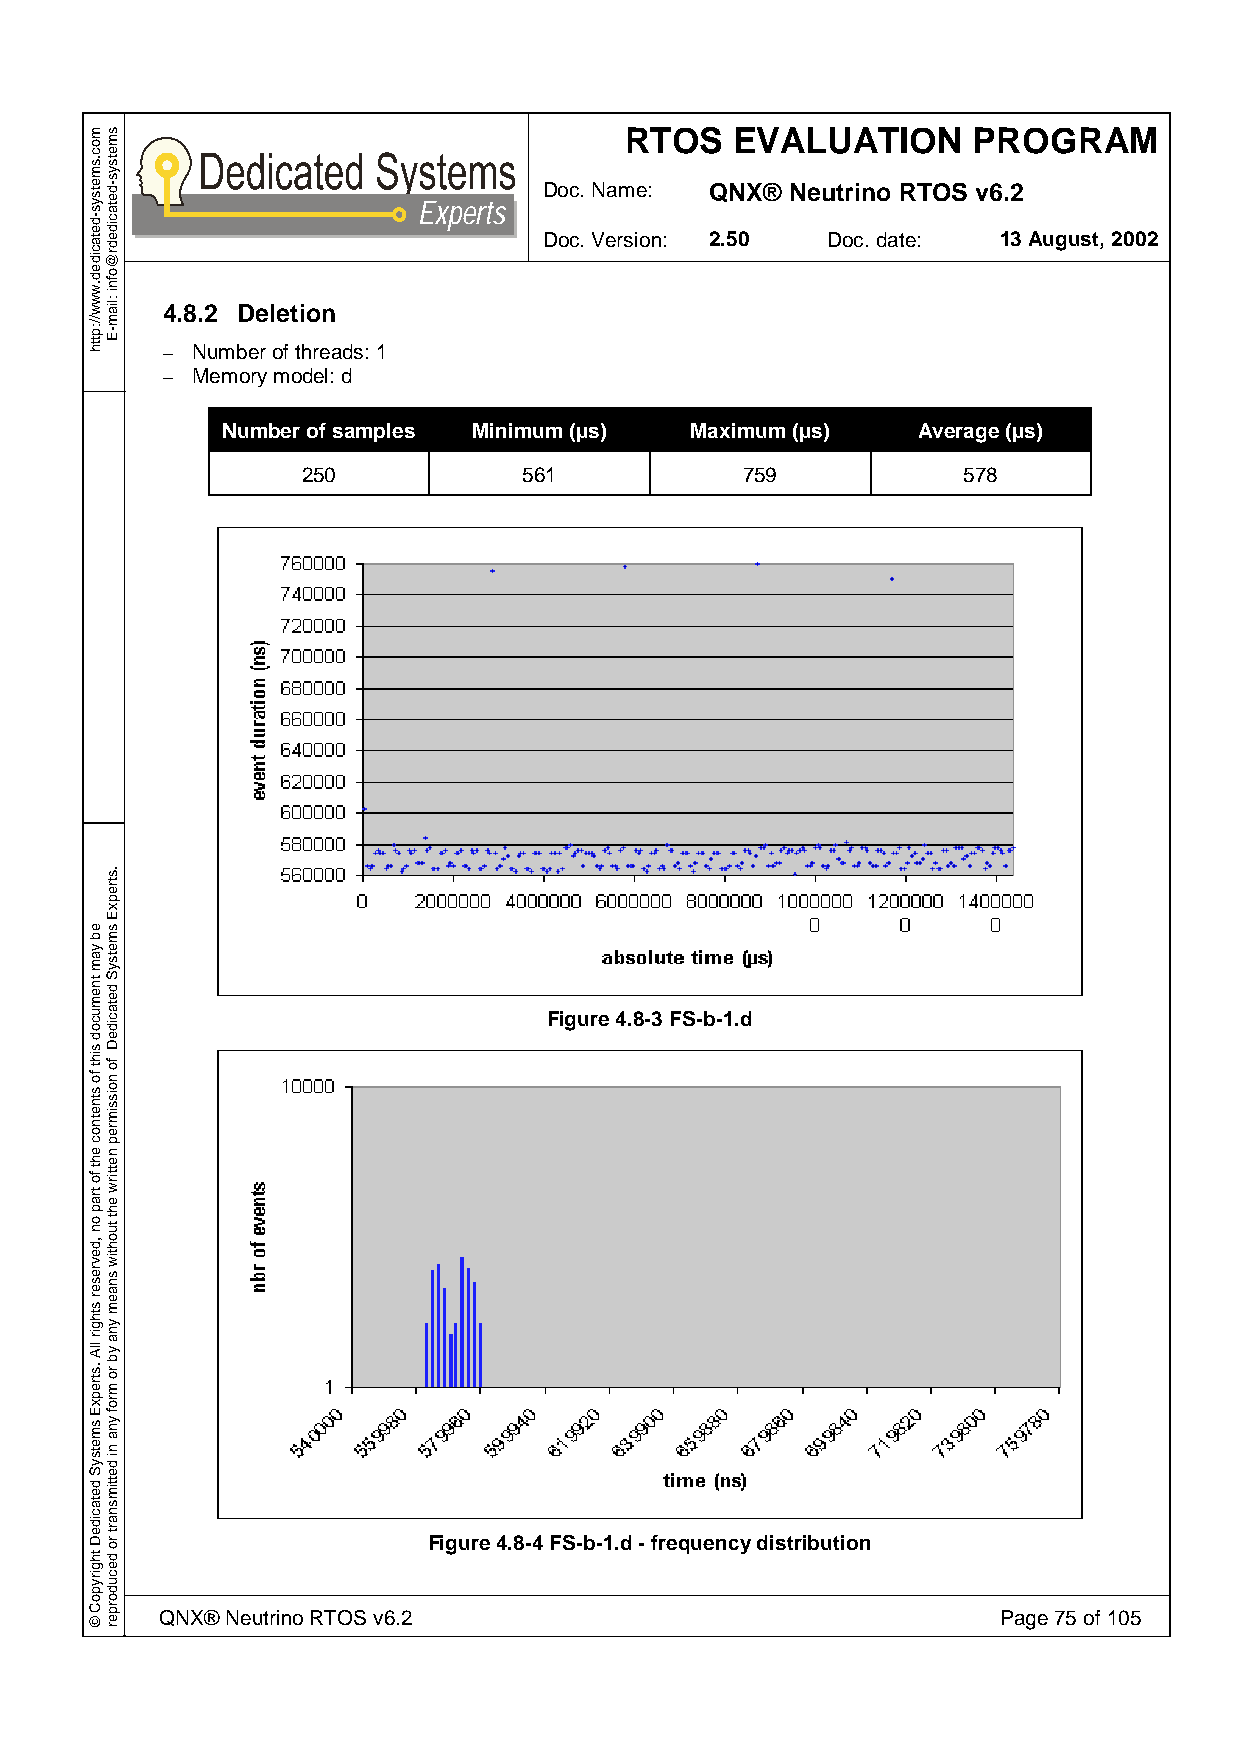
RTOS    EVALUATION     PROGRAM
 Doc. Name: QNX® Neutrino RTOS v6.2
 Experts
 Doc. Version: 2.50 Doc. date: 13 August, 2002
 4.8.2 Deletion
 – Number of threads: 1
 – Memory model: d
 Number of samples Minimum (µs) Maximum (µs)   Average (µs)
 250            561           759            578
 Figure 4.8-3 FS-b-1.d
 Figure 4.8-4 FS-b-1.d - frequency distribution
 QNX® Neutrino RTOS v6.2                                Page 75 of 105
 moc.smetsys-detacided.www//:ptth
 eb
 yam
 tnemucod
 siht
 fo
 stnetnoc
 eht
 fo
 trap
 on
 ,devreser
 sthgir
 llA
 .strepxE
 smetsyS
 detacideD
 thgirypoC
 ©
 smetsys-detacidedr@ofni
 :liam-E
 .strepxE
 smetsyS
 detacideD
 fo
 noissimrep
 nettirw
 eht
 tuohtiw
 snaem
 yna
 yb
 ro
 mrof
 yna
 ni
 dettimsnart
 ro
 decudorper